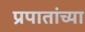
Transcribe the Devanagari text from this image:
प्रपातांच्या